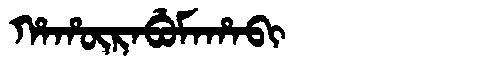
Manchu: ᡥᠠᡥᡡᡵᠠᠪᡠᠮᠠᡥᠠᠪᡳ
Romanization: HAHŪRABUMAHABI